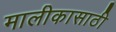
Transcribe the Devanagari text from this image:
मालीकासाठी